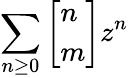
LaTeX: \sum_{n\geq 0}\left[{\begin{array}{l}{n}\\ {m}\end{array}}\right]z^{n}